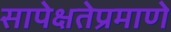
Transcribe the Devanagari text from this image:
सापेक्षतेप्रमाणे